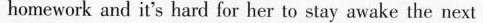
homework and it's hard for her to stay awake the next